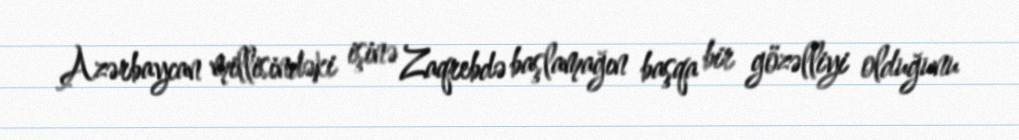
Azərbaycan millisindəki işinə Zaqrebdə başlamağın başqa bir gözəlliyi olduğunu